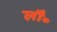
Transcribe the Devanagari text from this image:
लौ॰